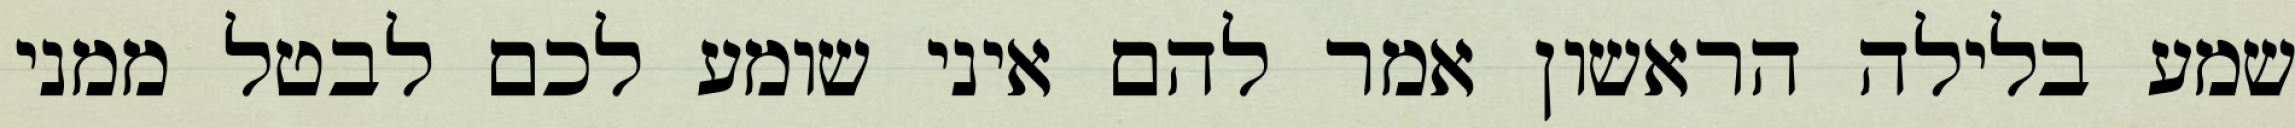
שמע בלילה הראשון אמר להם איני שומע לכם לבטל ממני